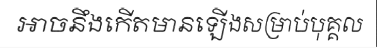
អាចនឹងកើតមានឡើងសម្រាប់បុគ្គល